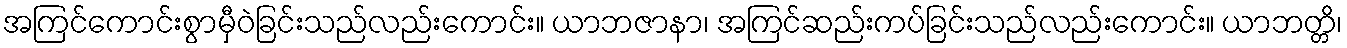
အကြင်ကောင်းစွာမှီဝဲခြင်းသည်လည်းကောင်း။ ယာဘဇာနာ၊ အကြင်ဆည်းကပ်ခြင်းသည်လည်းကောင်း။ ယာဘတ္တိ၊